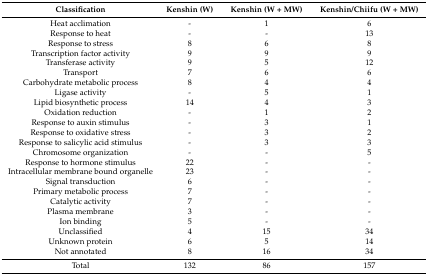
<table><thead><tr><td><b>Classification</b></td><td><b>Kenshin (W)</b></td><td><b>Kenshin (W + MW)</b></td><td><b>Kenshin/Chiifu (W + MW)</b></td></tr></thead><tbody><tr><td>Heat acclimation</td><td>-</td><td>1</td><td>6</td></tr><tr><td>Response to heat</td><td>-</td><td>-</td><td>13</td></tr><tr><td>Response to stress</td><td>8</td><td>6</td><td>8</td></tr><tr><td>Transcription factor activity</td><td>9</td><td>9</td><td>9</td></tr><tr><td>Transferase activity</td><td>9</td><td>5</td><td>12</td></tr><tr><td>Transport</td><td>7</td><td>6</td><td>6</td></tr><tr><td>Carbohydrate metabolic process</td><td>8</td><td>4</td><td>4</td></tr><tr><td>Ligase activity</td><td>-</td><td>5</td><td>1</td></tr><tr><td>Lipid biosynthetic process</td><td>14</td><td>4</td><td>3</td></tr><tr><td>Oxidation reduction</td><td>-</td><td>1</td><td>2</td></tr><tr><td>Response to auxin stimulus</td><td>-</td><td>3</td><td>1</td></tr><tr><td>Response to oxidative stress</td><td>-</td><td>3</td><td>2</td></tr><tr><td>Response to salicylic acid stimulus</td><td>-</td><td>3</td><td>3</td></tr><tr><td>Chromosome organization</td><td>-</td><td>-</td><td>5</td></tr><tr><td>Response to hormone stimulus</td><td>22</td><td>-</td><td>-</td></tr><tr><td>Intracellular membrane bound organelle</td><td>23</td><td>-</td><td>-</td></tr><tr><td>Signal transduction</td><td>6</td><td>-</td><td>-</td></tr><tr><td>Primary metabolic process</td><td>7</td><td>-</td><td>-</td></tr><tr><td>Catalytic activity</td><td>7</td><td>-</td><td>-</td></tr><tr><td>Plasma membrane</td><td>3</td><td>-</td><td>-</td></tr><tr><td>Ion binding</td><td>5</td><td>-</td><td>-</td></tr><tr><td>Unclassified</td><td>4</td><td>15</td><td>34</td></tr><tr><td>Unknown protein</td><td>6</td><td>5</td><td>14</td></tr><tr><td>Not annotated</td><td>8</td><td>16</td><td>34</td></tr><tr><td>Total</td><td>132</td><td>86</td><td>157</td></tr></tbody></table>